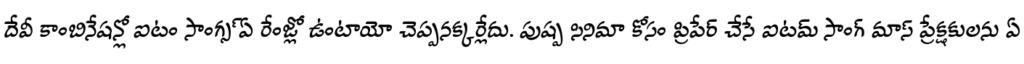
దేవీ కాంబినేషన్లో ఐటం సాంగ్స్ ఏ రేంజ్లో ఉంటాయో చెప్పనక్కర్లేదు. పుష్ప సినిమా కోసం ప్రిపేర్ చేసే ఐటమ్ సాంగ్ మాస్ ప్రేక్షకులను ఏ